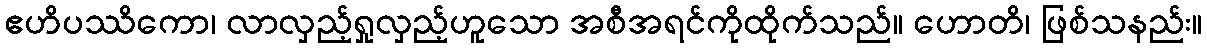
ဧဟိပဿိကော၊ လာလှည့်ရှုလှည့်ဟူသော အစီအရင်ကိုထိုက်သည်။ ဟောတိ၊ ဖြစ်သနည်း။